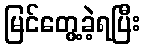
မြင်တွေ့ခဲ့ရပြီး